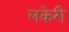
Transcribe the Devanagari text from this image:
लकेरी